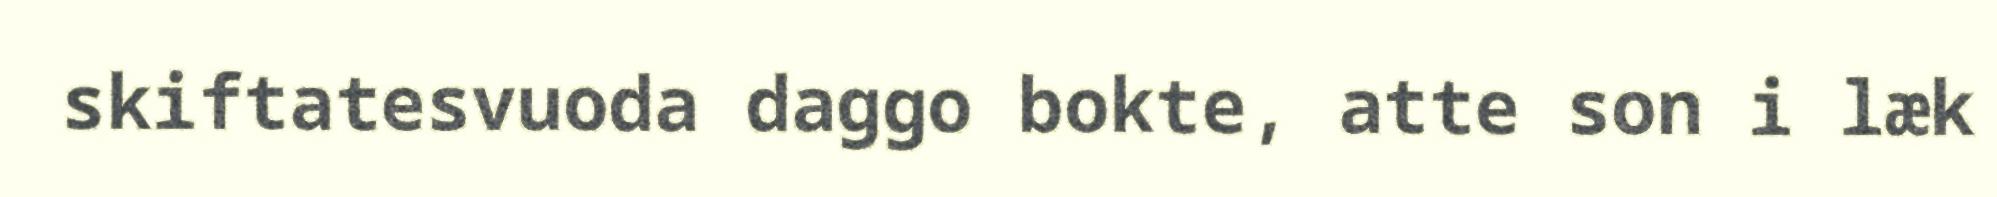
skiftatesvuoda daggo bokte, atte son i læk